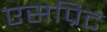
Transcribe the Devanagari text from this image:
एसप्रिट